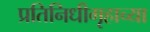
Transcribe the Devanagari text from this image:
प्रतिनिधीगृहाच्या